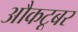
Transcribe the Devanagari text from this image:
औकटूबर